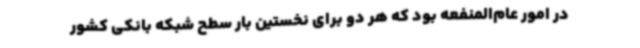
در امور عام‌المنفعه بود که هر دو برای نخستین بار سطح شبکه بانکی کشور